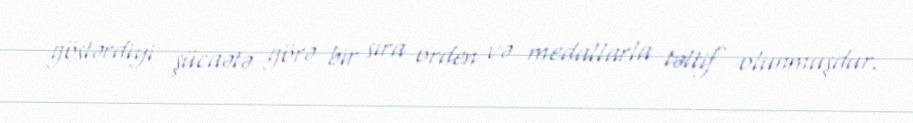
göstərdiyi şücaətə görə bir sıra orden və medallarla təltif olunmuşdur.